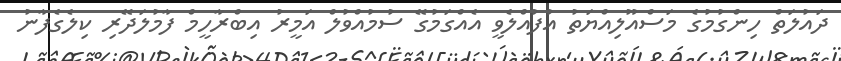
ދައުލަތް ހިންގުމުގެ މަސްއޫލިއްޔަތު އުފުއްލެވީ އެއްގަމުގޭ ސުމުއްވުލް އަމީރު އިބްރާހީމް ފާމުލަދޭރި ކިލެގެފާނު